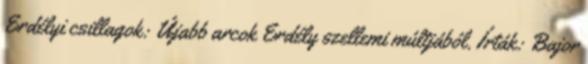
Erdélyi csillagok: Újabb arcok Erdély szellemi múltjából. Írták: Bajor